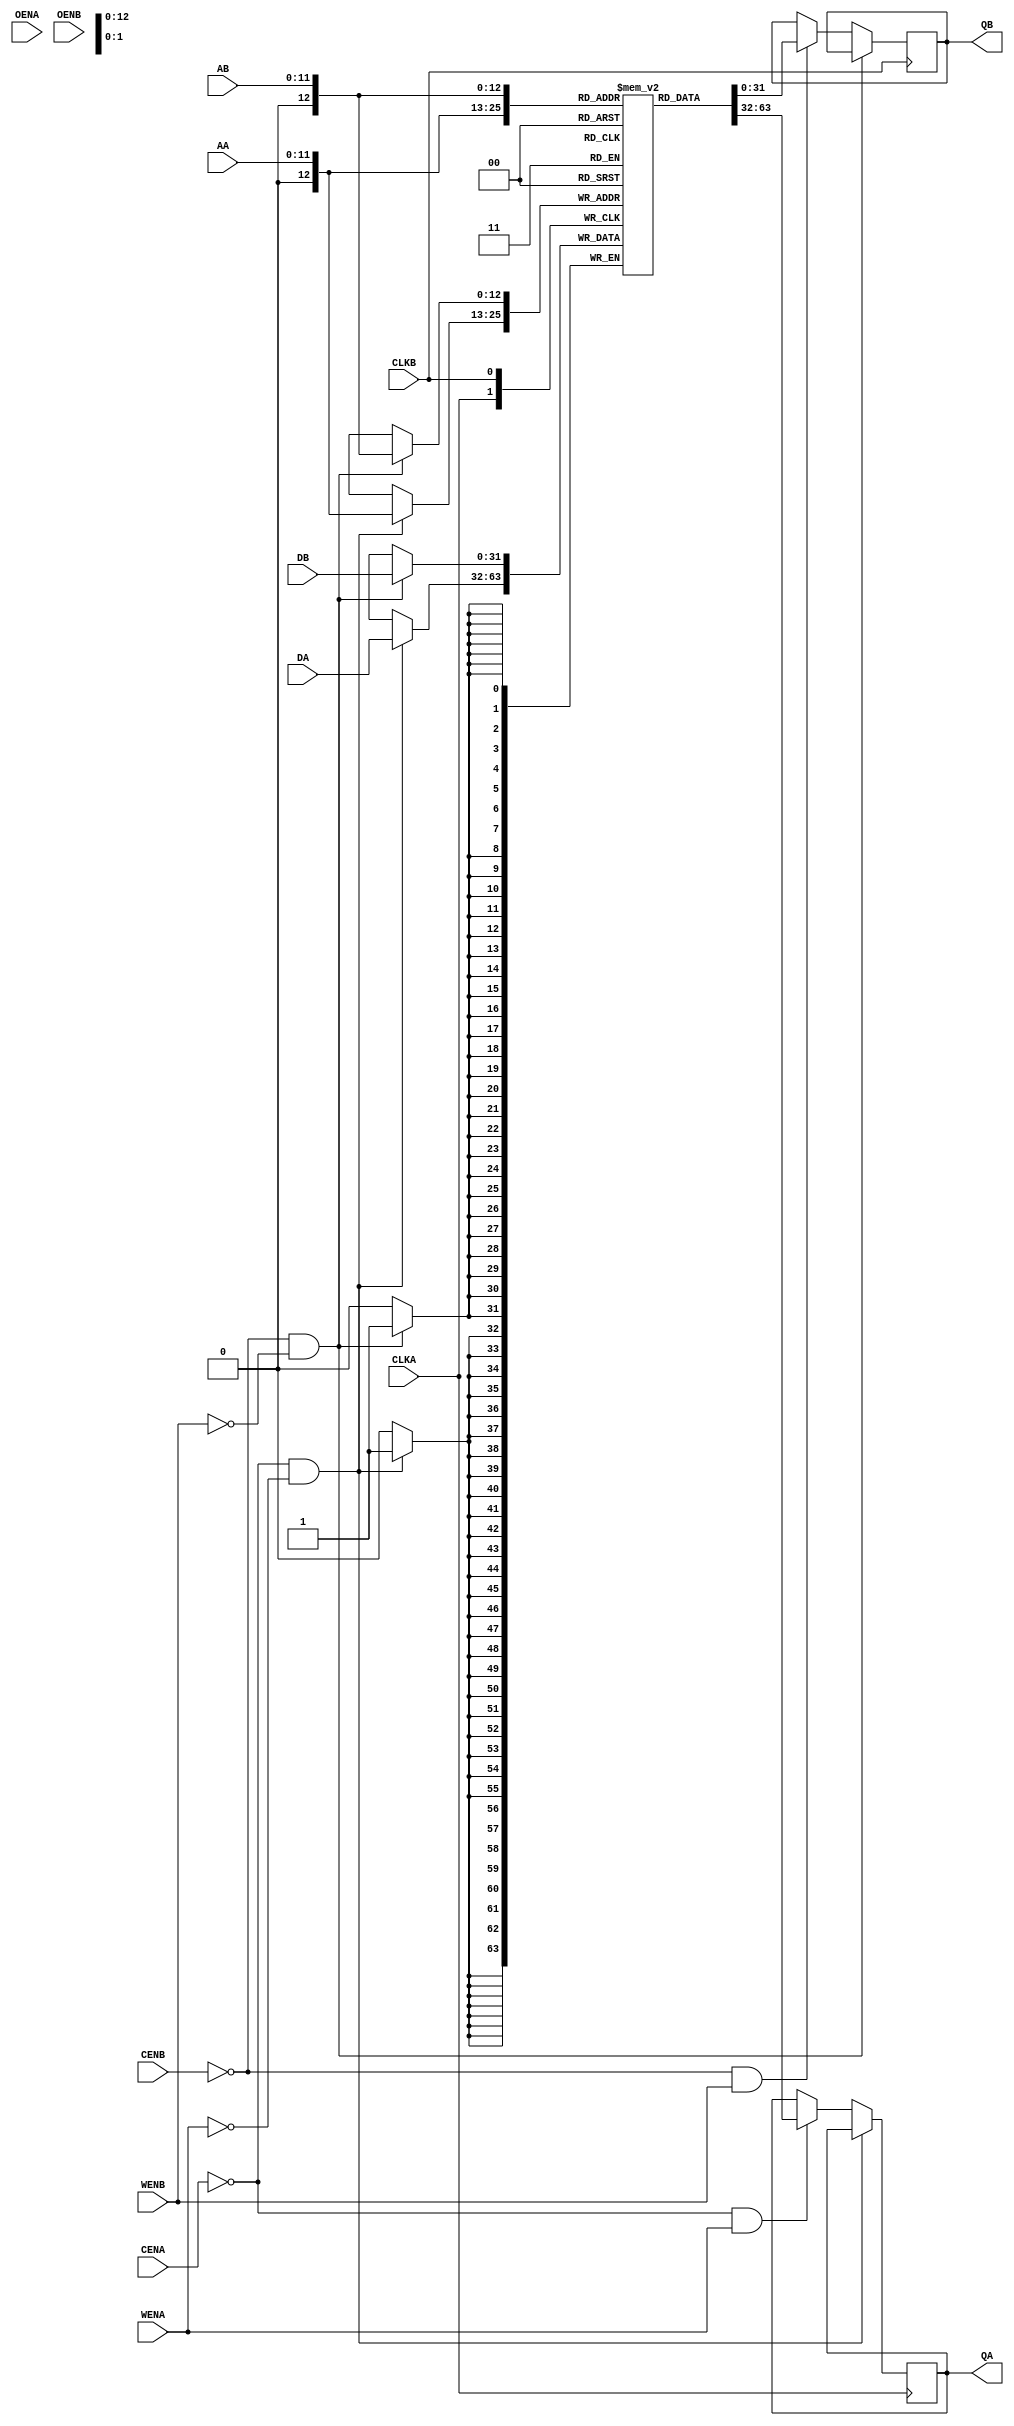
`timescale 1 ns/1 ps
module someTwoPortVendorMem_4096_32_0 (QA,
				       CLKA,
				       CENA,  
				       WENA,  
				       AA,  
				       DA,    
				       OENA,
				       QB,  
				       CLKB,
				       CENB,  
				       WENB,  
				       AB,  
				       DB,    
				       OENB);
   output  [31:0]  QA;
   input 	   CLKA;
   input 	   CENA;
   input 	   WENA;
   input [11:0]    AA;
   input [31:0]	   DA;
   input 	   OENA;
   
   output [31:0]   QB;
   input 	   CLKB;
   input 	   CENB;
   input 	   WENB;
   input [11:0]    AB;
   input [31:0]    DB;
   input 	   OENB;

   reg [31:0] 	   mem [4096:0];
   reg [31:0] 	   QA,QB;
   
   initial
     begin
	$display("%m : someTwoPortVendorMem_4096_32_0 instantiated.");
     end

   always @(posedge CLKA) 
     begin
	if((CENA == 0)&&(WENA==0))
	  begin
	     mem[AA] <= DA;
	  end
	else if((CENA == 0)&&(WENA==1))
	  begin
	     QA <=mem[AA];
	  end	
     end
   
   always @(posedge CLKB) 
     begin
	if((CENB == 0)&&(WENB==0))
	  begin
	     mem[AB] <= DB;
	  end
	else if((CENB == 0)&&(WENB==1))
	  begin
	     QB <=mem[AB];
	  end	
     end
endmodule